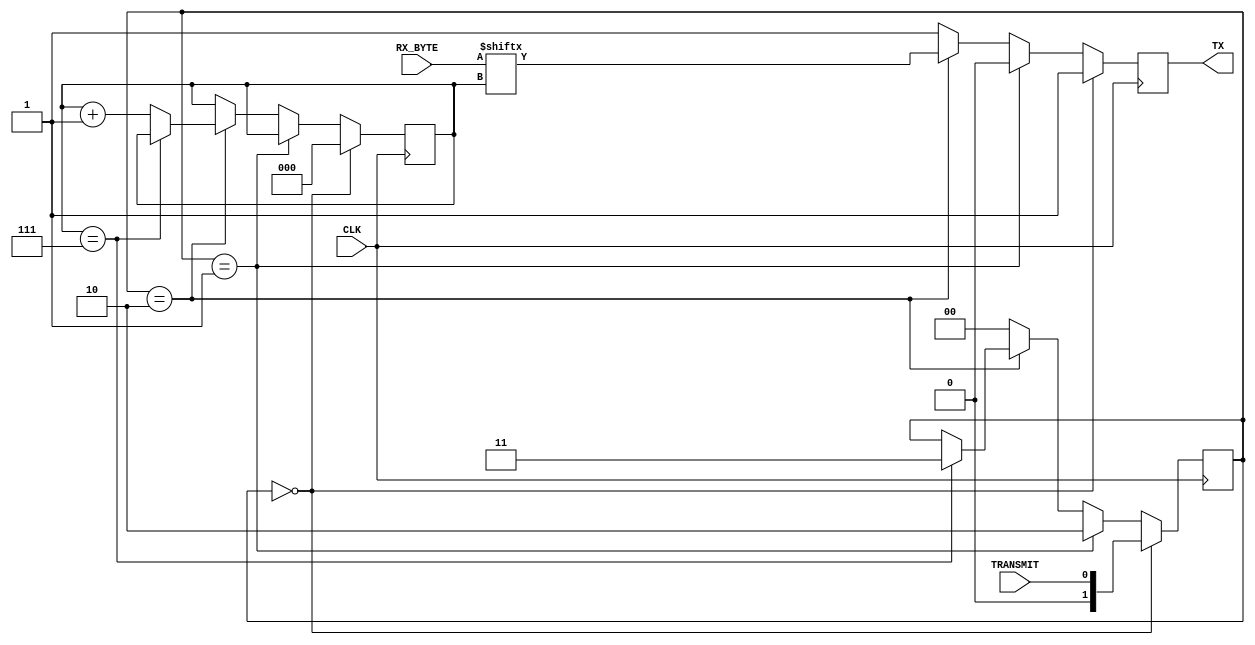
`timescale 1ns / 1ps
//////////////////////////////////////////////////////////////////////////////////
// Company: Chulalonkorn University
// 
// Design Name: 
// Module Name: uart_transmitter
// Project Name: 
// Target Devices: 
// Tool Versions: 
// Description: 
//
// Dependencies: 
// 
// Revision:
// Revision 0.01 - File Created
// Additional Comments:
// 
//////////////////////////////////////////////////////////////////////////////////

module road_uart_tx(
        // input
        RX_BYTE, TRANSMIT, CLK,
        // output
        TX
    );
    
    input wire [7:0] RX_BYTE;
    input wire TRANSMIT;
    input wire CLK;
    
    output reg TX;
    
    
    reg [1:0] state;
    reg [2:0] counter;
    // 0 = idle
    // 1 = start bit
    // 2 = tx
    // 3 = stop bit
    
    // state machine 
    always @(posedge CLK) begin
        if (state == 0) begin
            state = TRANSMIT;
            counter = 0;
        end else if (state == 1) state = 2;
        else if (state == 2) begin
            if (counter == 7) state = 3;
            else counter = counter + 1;
        end else state = 0;
    end
    
    // logic
    always @(posedge CLK) begin
        if (state == 0) TX = 1;
        else if (state == 1) TX = 0;
        else if (state == 2) begin
            TX = RX_BYTE[counter];
        end else TX = 1; // idle
    end
    
endmodule